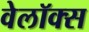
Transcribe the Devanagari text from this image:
वेलॉक्स